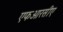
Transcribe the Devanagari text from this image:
एफआरसीए